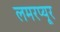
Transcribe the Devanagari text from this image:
लमरप्यूर